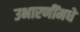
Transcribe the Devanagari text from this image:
उभारणींमधे